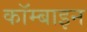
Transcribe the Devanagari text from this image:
कॉम्बाइन